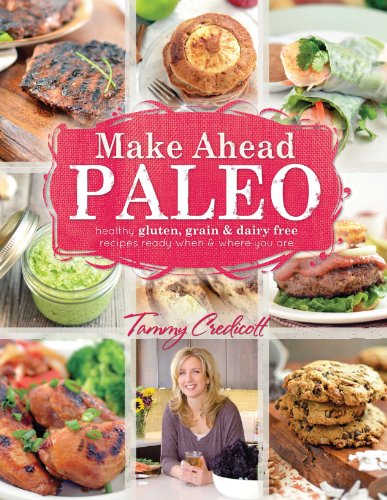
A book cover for Make-Ahead Paleo: Healthy Gluten-, Grain- & Dairy-Free Recipes Ready When & Where You Are; Tammy Credicott; Cookbooks, Food & Wine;